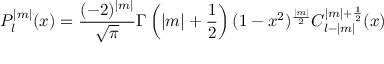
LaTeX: P _ { l } ^ { | m | } ( x ) = \frac { ( - 2 ) ^ { | m | } } { \sqrt { \pi } } \Gamma \left( | m | + \frac { 1 } { 2 } \right) ( 1 - x ^ { 2 } ) ^ { \frac { | m | } { 2 } } C _ { l - | m | } ^ { | m | + \frac { 1 } { 2 } } ( x )